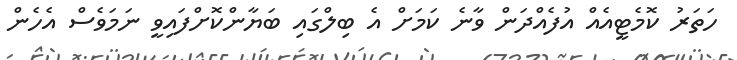
ހަތަރު ކޮމެޓީއެއް އުފެއްދަން ވާނެ ކަމަށް އެ ބިލްގައި ބަޔާންކޮށްފައިވީ ނަމަވެސް އެހެން